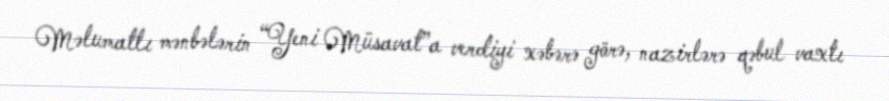
Məlumatlı mənbələrin “Yeni Müsavat”a verdiyi xəbərə görə, nazirlərə qəbul vaxtı